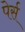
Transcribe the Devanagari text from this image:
पेर्स